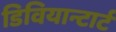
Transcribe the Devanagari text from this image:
डिवियान्टार्ट